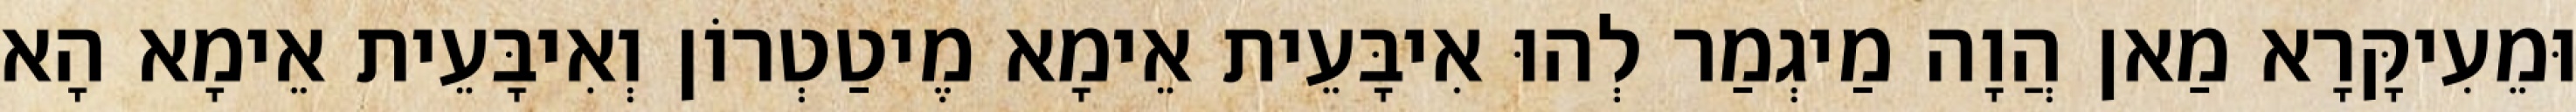
וּמֵעִיקָּרָא מַאן הֲוָה מַיגְמַר לְהוּ אִיבָּעֵית אֵימָא מֶיטַטְרוֹן וְאִיבָּעֵית אֵימָא הָא